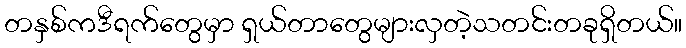
တနှစ်ကဒီရက်တွေမှာ ရှယ်တာတွေများလှတဲ့သတင်းတခုရှိတယ်။